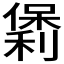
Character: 𫣯